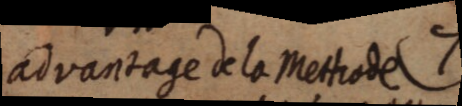
advantage de la Methode I